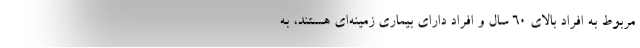
مربوط به افراد بالای ۶۰ سال و افراد دارای بیماری زمینه‌ای هستند، به